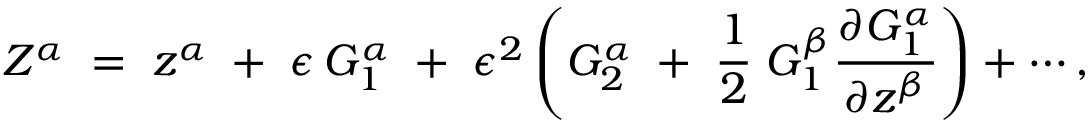
Z ^ { \alpha } \; = \; z ^ { \alpha } \; + \; \epsilon \, G _ { 1 } ^ { \alpha } \; + \; \epsilon ^ { 2 } \left( G _ { 2 } ^ { \alpha } \; + \; \frac { 1 } { 2 } \; G _ { 1 } ^ { \beta } \frac { \partial G _ { 1 } ^ { \alpha } } { \partial z ^ { \beta } } \right) + \cdots ,